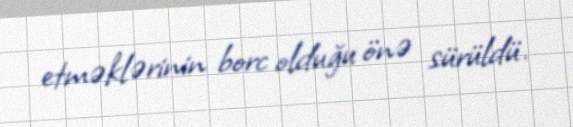
etməklərinin borc olduğu önə sürüldü.